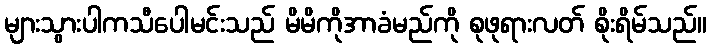
များသွားပါကသီပေါမင်းသည် မိမိကိုအာခံမည်ကို စုဖုရားလတ် စိုးရိမ်သည်။